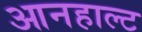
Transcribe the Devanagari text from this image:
आनहाल्ट